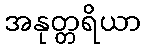
အနုတ္တရိယာ